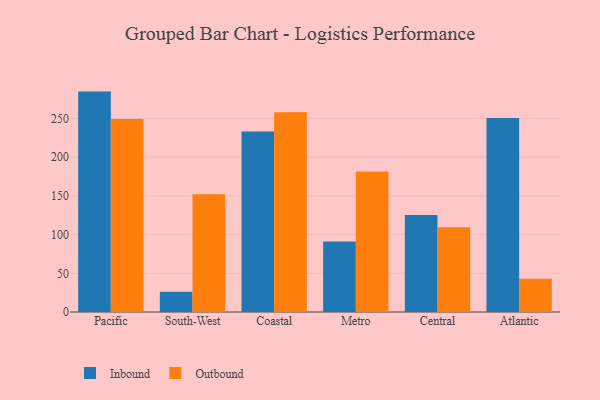
{"axis": {"x": "Region", "y": "Latency (ms)"}, "legend": ["Inbound", "Outbound"], "data": [{"x": "Pacific", "y": 284.8, "type": "Inbound"}, {"x": "Pacific", "y": 249.3, "type": "Outbound"}, {"x": "South-West", "y": 26.1, "type": "Inbound"}, {"x": "South-West", "y": 152.1, "type": "Outbound"}, {"x": "Coastal", "y": 233.1, "type": "Inbound"}, {"x": "Coastal", "y": 258.0, "type": "Outbound"}, {"x": "Metro", "y": 91.0, "type": "Inbound"}, {"x": "Metro", "y": 181.5, "type": "Outbound"}, {"x": "Central", "y": 125.5, "type": "Inbound"}, {"x": "Central", "y": 109.5, "type": "Outbound"}, {"x": "Atlantic", "y": 250.6, "type": "Inbound"}, {"x": "Atlantic", "y": 43.1, "type": "Outbound"}]}